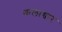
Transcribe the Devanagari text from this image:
कलाच्चार